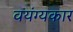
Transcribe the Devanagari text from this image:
वयंग्यकार